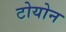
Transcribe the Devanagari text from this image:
टोयोन